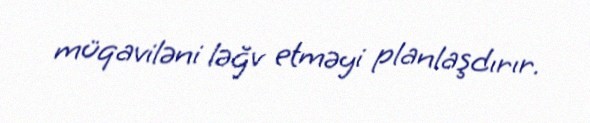
müqaviləni ləğv etməyi planlaşdırır.